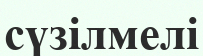
сүзілмелі